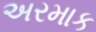
અરમાક